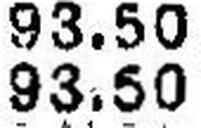
93.50